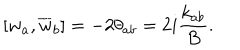
LaTeX: \left[ w _ { a } , \overline { { { w } } } _ { b } \right] = - 2 \theta _ { a b } = 2 i \frac { k _ { a b } } { B } .